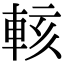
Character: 輆